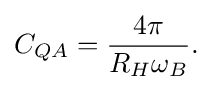
C_{QA}={\frac {4\pi }{R_{H}\omega _{B}}}.\